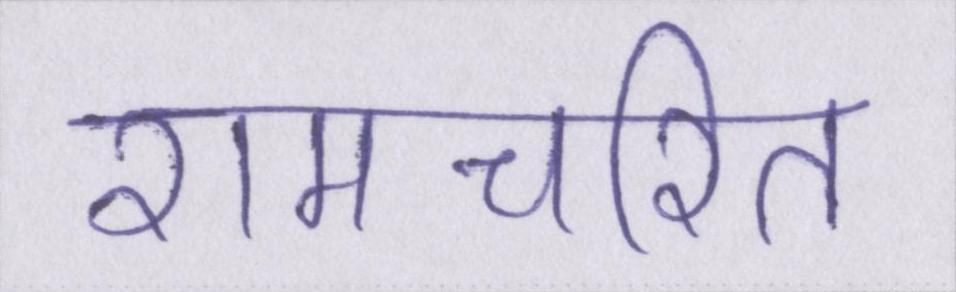
रामचरित